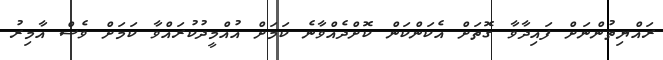
ރައްޔިތުންނަށް ފައިދާވާ ގޮތަށް އެކަންކަން ކޮށްދެއްވާނެ ކަމަށް އުއްމީދުކުރައްވާ ކަމަށް ވެސް އާމިރު